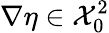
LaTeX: \nabla\eta\in\mathcal{X}_{0}^{2}